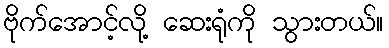
ဗိုက်အောင့်လို့ ဆေးရုံကို သွားတယ်။